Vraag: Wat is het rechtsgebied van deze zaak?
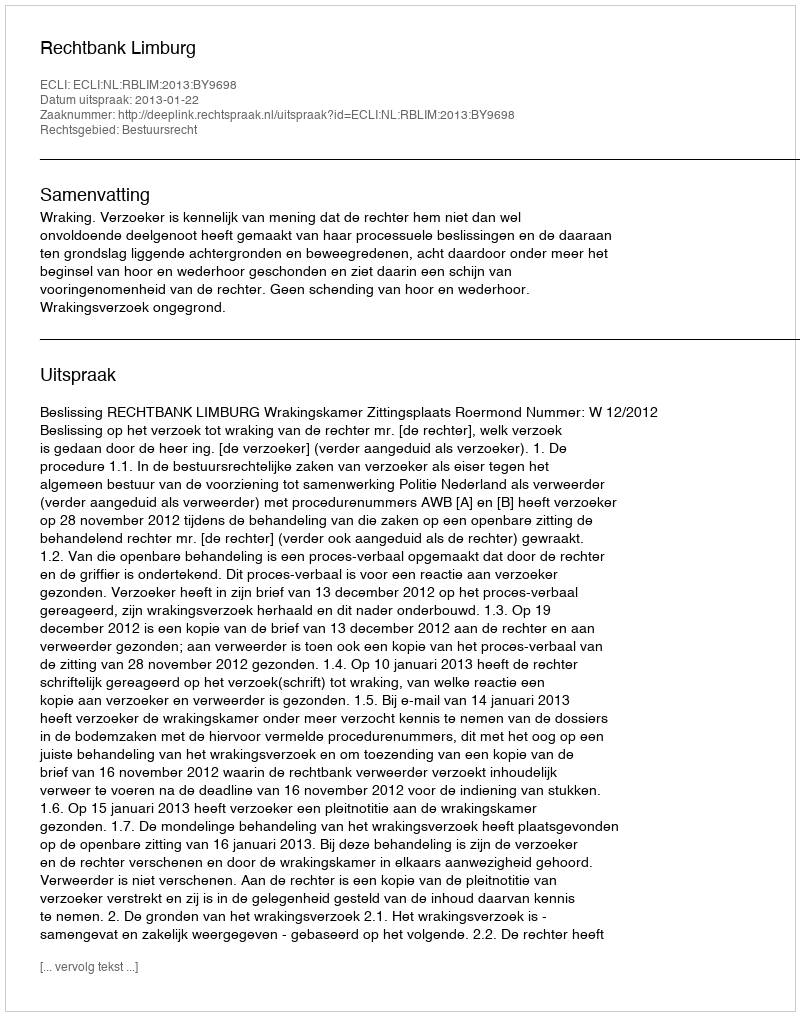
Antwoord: Bestuursrecht